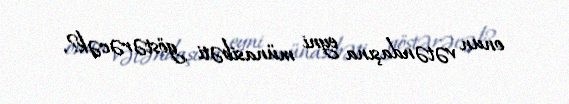
onun vətəndaşına eyni münasibəti göstərəcək?.